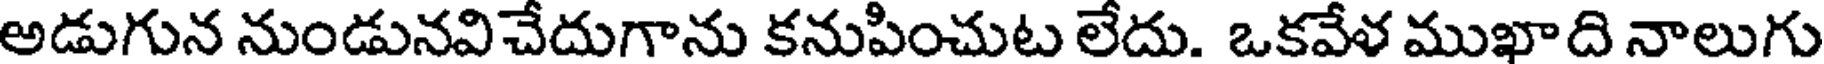
అడుగున నుండునవిచేదుగాను కనుపించుట లేదు. ఒకవేళ ముఖాది నాలుగు